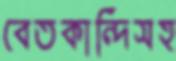
বেতকান্দিসহ